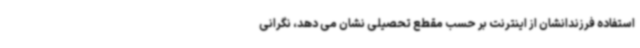
استفاده فرزندانشان از اینترنت بر حسب مقطع تحصیلی نشان می دهد، نگرانی